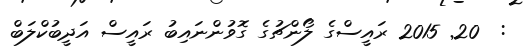
:  20